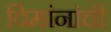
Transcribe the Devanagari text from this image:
विमांनांची